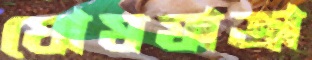
ঘোষযাত্রা